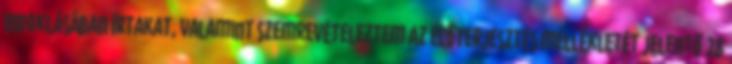
indoklásában írtakat, valamint szemrevételeztem az előterjesztés mellékletét jelentő 28